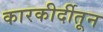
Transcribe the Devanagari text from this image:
कारकीर्दीतून